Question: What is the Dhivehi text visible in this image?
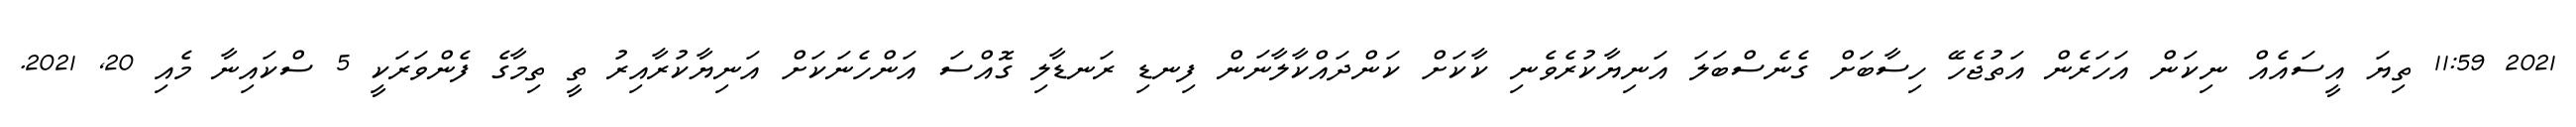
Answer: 2021 11:59 ތިޔަ އީސައެއް ނިކަން އަހަރެން އަތުޖެހޭ ހިސާބަށް ގެނެސްބަލަ އަނިޔާކުރެވެނި ކާކަށް ކަންދައްކާލާނަން ފިނޑި ރަނޑާލި ގޮއްސަ އަންހެނަކަށް އަނިޔާކުރާއިރު ތީ ތިމާގެ ފެންވަރަކީ 5 ސްކައިނާ މެއި 20, 2021.